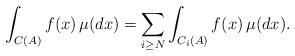
LaTeX: \begin{align*} \displaystyle \int_{C(A)} f(x) \,\mu(dx)= \displaystyle \sum_{i \geq N} \displaystyle \int_{C_i(A)}f(x) \,\mu(dx).\end{align*}